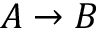
A \to B